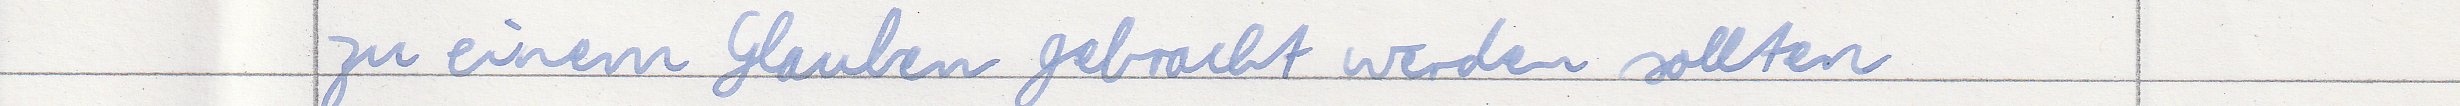
zu einem Glauben gebracht werden sollten